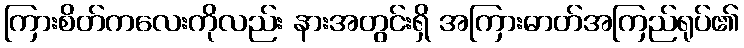
ကြားစိတ်ကလေးကိုလည်း နားအတွင်းရှိ အကြားဓာတ်အကြည်ရုပ်၏